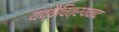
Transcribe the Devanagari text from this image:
यद्वैचित्रयवाद